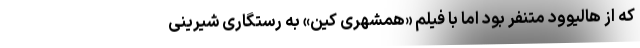
که از هالیوود متنفر بود اما با فیلم «همشهری کین» به رستگاری شیرینی